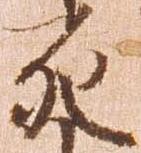
死